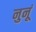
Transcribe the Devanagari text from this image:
नुनूं